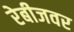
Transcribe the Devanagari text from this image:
रेबीजवर